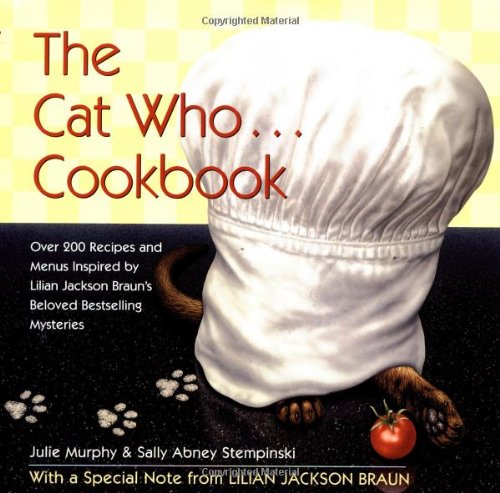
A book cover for The Cat Who... Cookbook: Delicious Meals and Menus Inspired By Lilian Jackson Braun; Julie Murphy; Cookbooks, Food & Wine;